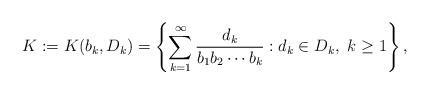
LaTeX: \begin{align*}K:=K(b_{k}, D_{k}) =\left\{\sum_{k=1}^{\infty} \frac{ d_{k} }{b_{1} b_{2} \cdots b_{k}} : d_{k}\in D_{k},~k\geq1\right\}, \end{align*}